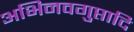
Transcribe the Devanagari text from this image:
अभिनवगुप्तादि